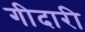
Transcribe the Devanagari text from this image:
गीदारी